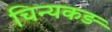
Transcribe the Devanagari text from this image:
चिन्यकड़